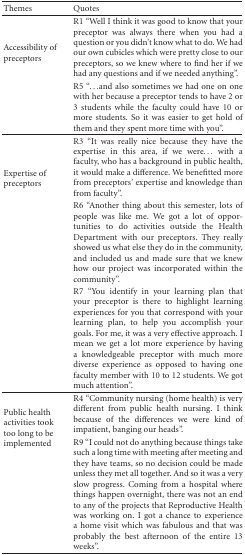
<table><thead><tr><td><b>Themes</b></td><td><b>Quotes</b></td></tr></thead><tbody><tr><td rowspan="2">Accessibility of preceptors</td><td>R1 “Well I think it was good to know that your preceptor was always there when you had a question or you didn&#x27;t know what to do. We had our own cubicles which were pretty close to our preceptors, so we knew where to find her if we had any questions and if we needed anything”.</td></tr><tr><td>R5 “...and also sometimes we had one on one with her because a preceptor tends to have 2 or 3 students while the faculty could have 10 or more students. So it was easier to get hold of them and they spent more time with you”. </td></tr><tr><td rowspan="3">Expertise of preceptors</td><td>R3 “It was really nice because they have the expertise in this area, if we were... with a faculty, who has a background in public health, it would make a difference. We benefitted more from preceptors&#x27; expertise and knowledge than from faculty”.</td></tr><tr><td>R6 “Another thing about this semester, lots of people was like me. We got a lot of opportunities to do activities outside the Health Department with our preceptors. They really showed us what else they do in the community, and included us and made sure that we knew how our project was incorporated within the community”.</td></tr><tr><td>R7 “You identify in your learning plan that your preceptor is there to highlight learning experiences for you that correspond with your learning plan, to help you accomplish your goals. For me, it was a very effective approach. I mean we get a lot more experience by having a knowledgeable preceptor with much more diverse experience as opposed to having one faculty member with 10 to 12 students. We got much attention”. </td></tr><tr><td rowspan="2">Public health activities took too long to be implemented</td><td>R4 “Community nursing (home health) is very different from public health nursing. I think because of the differences we were kind of impatient, banging our heads”.</td></tr><tr><td>R9 “I could not do anything because things take such a long time with meeting after meeting and they have teams, so no decision could be made unless they met all together. And so it was a very slow progress. Coming from a hospital where things happen overnight, there was not an end to any of the projects that Reproductive Health was working on. I got a chance to experience a home visit which was fabulous and that was probably the best afternoon of the entire 13 weeks”.</td></tr></tbody></table>